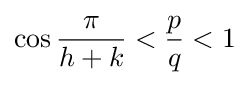
\cos {\frac {\pi }{h+k}}<{\frac {p}{q}}<1